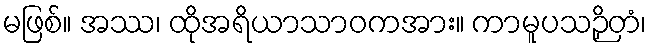
မဖြစ်။ အဿ၊ ထိုအရိယာသာဝကအား။ ကာမူပသဉှိတံ၊